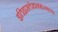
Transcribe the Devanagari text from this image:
इतिहासलेखनशास्त्राच्या